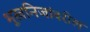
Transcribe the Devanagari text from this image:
भूखनिजांवरील